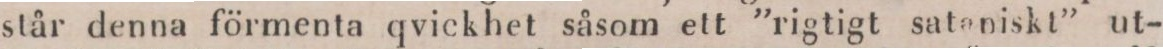
står denna förmenta qvickhet såsom ett ”rigtigt sataniskt” ut-